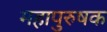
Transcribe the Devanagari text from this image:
महापुरुषक